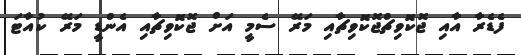
ފެޑެރާ އާއި ޖޮކޮވިޗްޖޮކޮވިޗާއި މަރޭ ސެމީ އަށް ޖޮކޮވިޗާއި އެންޑީ މަރޭ ކުއާޓަ